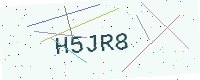
Text: H5JR8